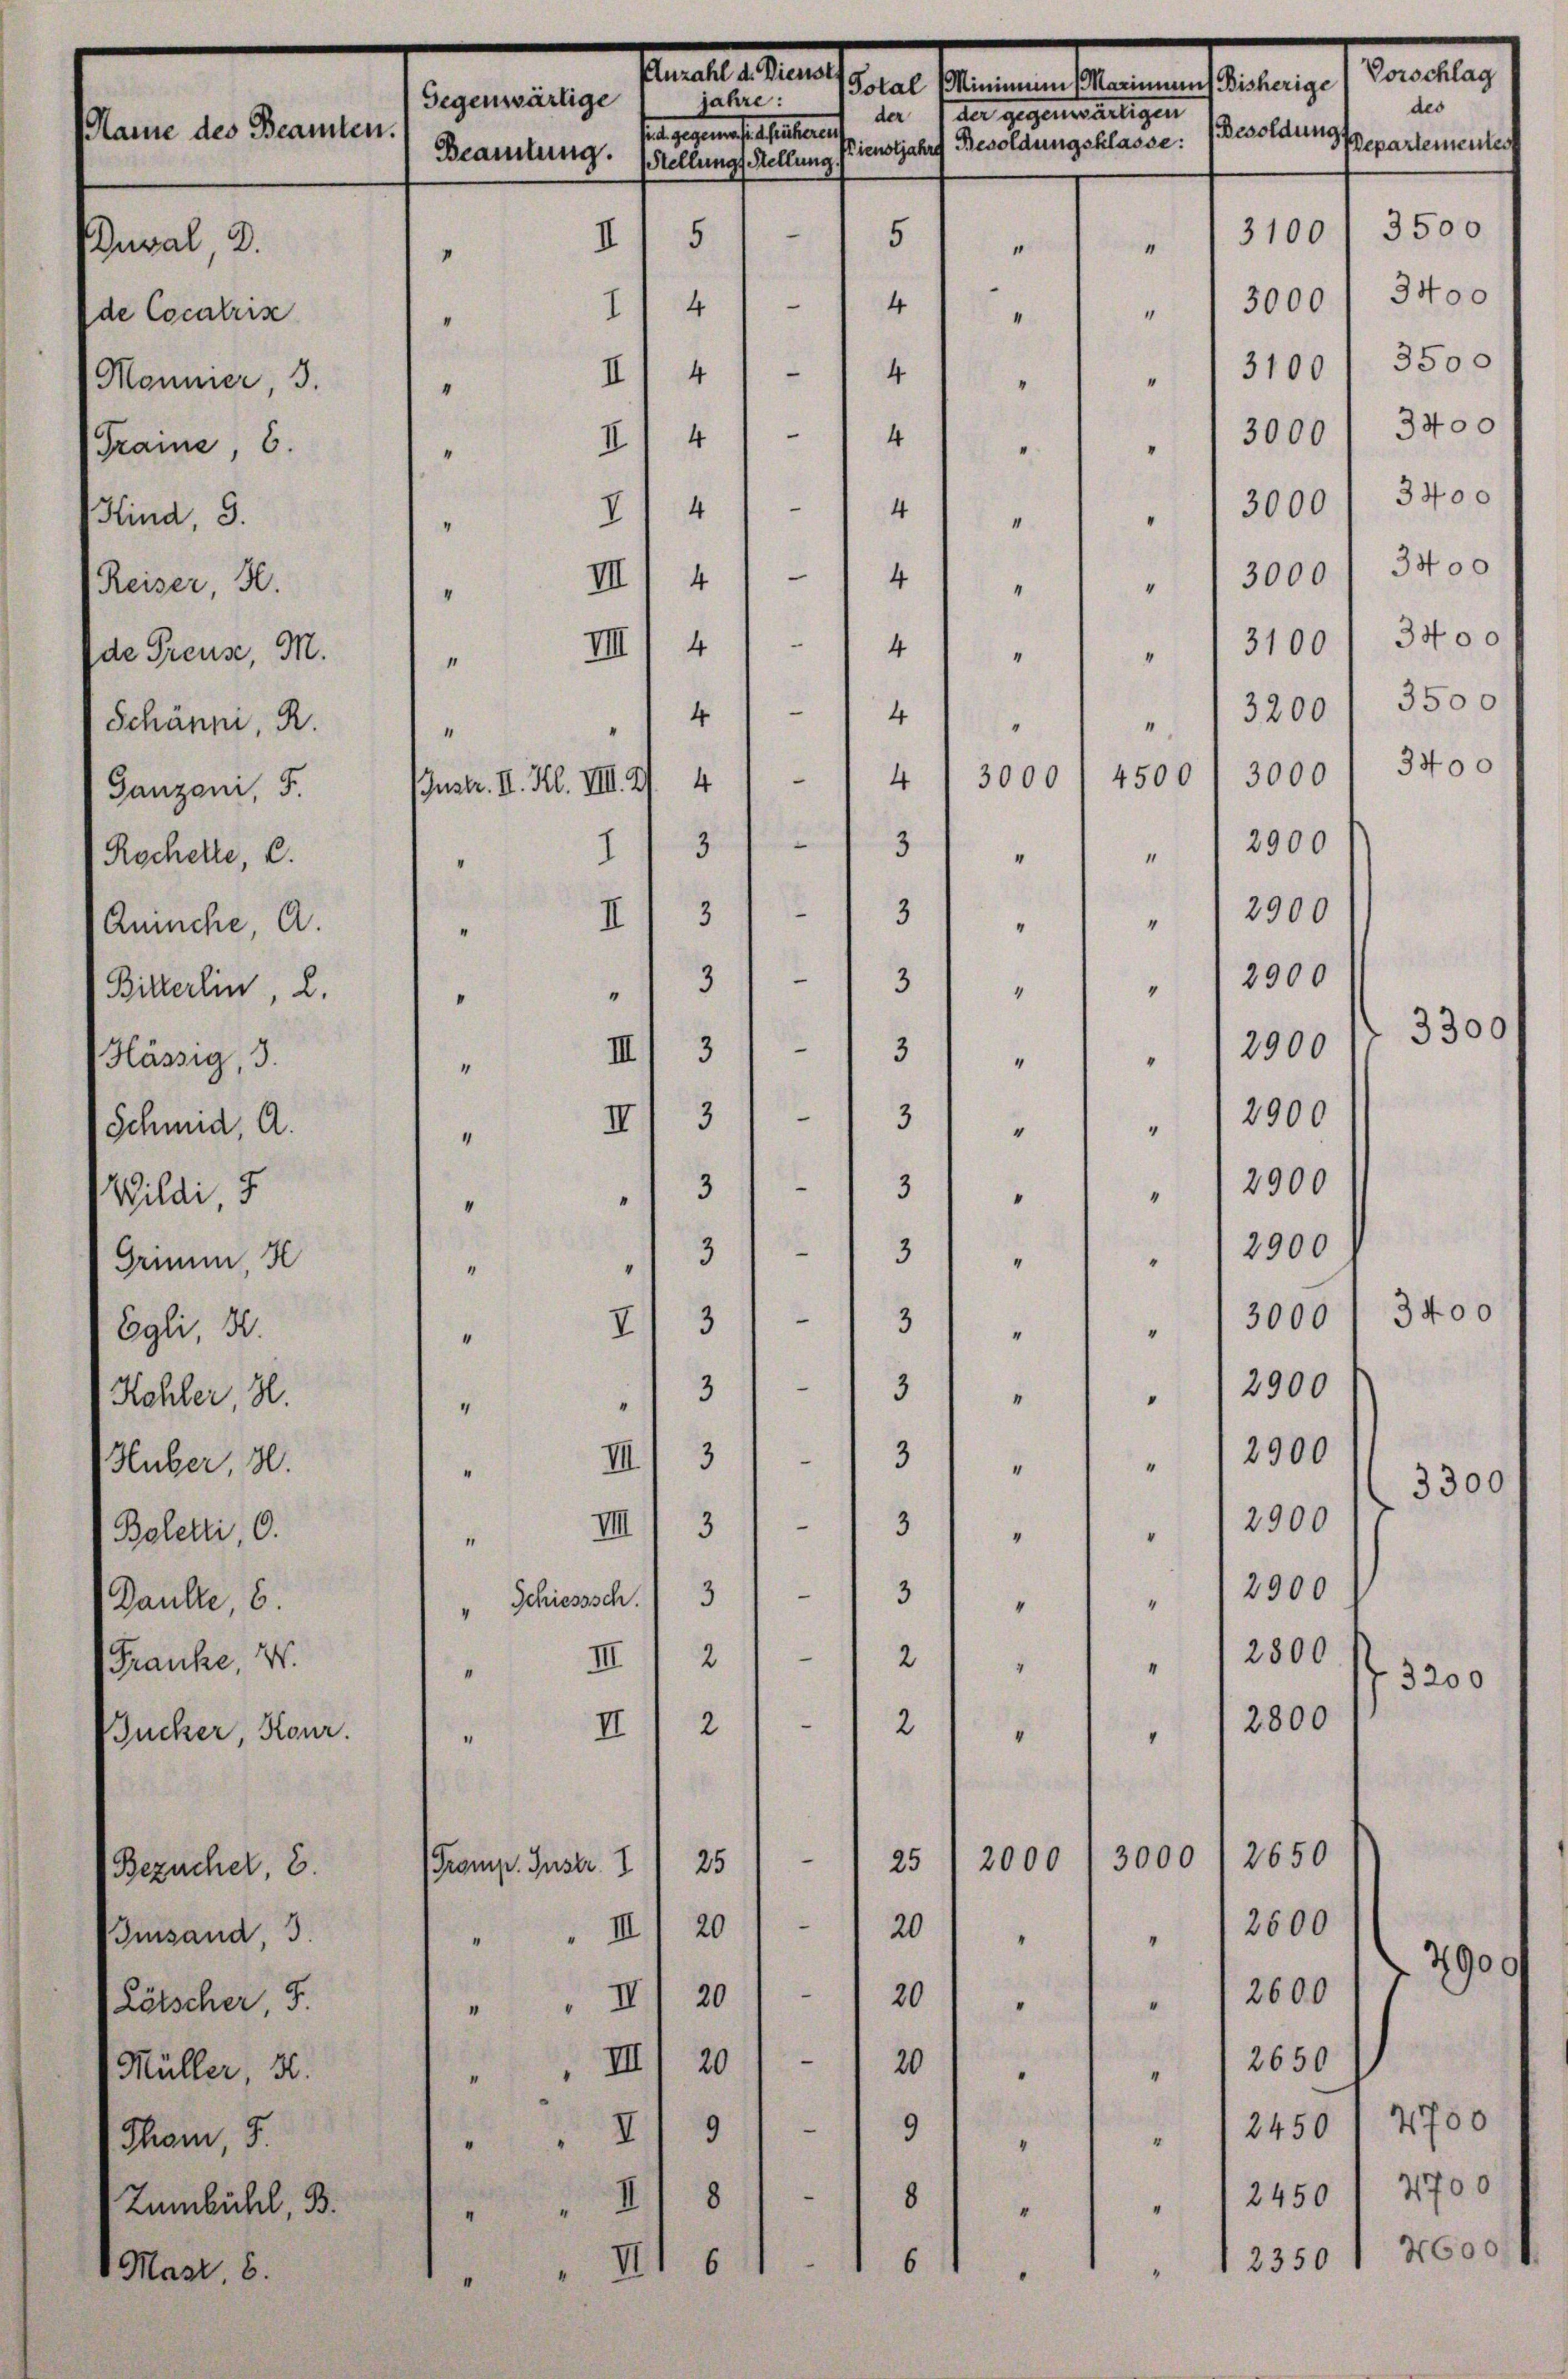
Hässig, 3.
Schmid, A.
Wildi 5
Grimm, H
Egli, S.
Kohler, 3.
Huber, 30.
Boletti, 0.
Danke, 6.
Franke, W.
Zucker, Konr.

Enzahl d. Dienst
Total (Minimum (Marinnens Bisherige
jahre:
Gegenwärtige
der 1 der gegenwärtigen
Name des Beamten.
ict gegenwesen heute auf
Besoldungssepartementes
ienstjahre Besoldungsklasse:
Beamtung. Stellung, Stellung.
3500
“
3100
5
I) 5
Zuval D.
1
“
"
3000 f 3400
—
4
4
1
“
de Cocatris
"
“
3500
3100
e
4
II 4
Manner, 3.
"
"
“
3400
"
3000
4
Fraine, 6. " " II. 4
"
"

Kind, 3.
Reiser, H.
de Preuse, M.
Schänni, R.
Ganzen, 5.
Rochelle, C.
Annche, A.
Bitterlin, 2.

(Bezücher, 2.
Imsand, 3.
Lötscher, 5.
Müller, 3.
Thom, 5.
Zumbühl, B.

Mast, 6.

3000 / 3400
V14) " 4
"
4
"
III) 4) - 14 " " " " 3000 I 3400
4
.
IIII 4
41 "
“
1
u
4
4
“
1
“
“
3000
4500
3000
4
4
Instr. II. Kl. VIII. 2)
3
1137
" 1 " " 2900
.
3
3
" 12900
II
"
"
1
2900
3
3
"
“
"
I
d
2900
3
3
III
“
“
“
3
„ III 31
" " 2900
d
2900
3
3
"
"
“
"
e
3
3
" " 12900
“
3400
II 31
3
3000
"
"
"
.
3
2900
3
"
“
4
2900
i
3
3
III
"
“
"
3300
2900
III) 3. 131
“
2900
n
3
3
Schiesssch.
"
"
“
.
2
III
21 " " 12800
"
3200

2800
2
2
II
“
“
e
e
3000/2650
2000
25
Gromp. Instr. I
25
“
20
20
" III
 " 12500
“
7900/
.
2600
201
„ III 20
"
I
—
2650
20
", III 20
"
"
2700
"
9
12450
II 9
"
“
2450 I 2700
8
8
I
"
“
4600.
12350
6
VI.
6
“

Vorschlag

31001 3400
3200 f 3500
3400

des

3300